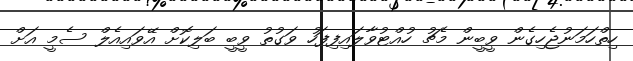
ހިތްހަމަނުޖެހިގެން ވީބީން މެޗު ހުއްޓުވާލައިފިފަހު ވަގުތު ވީބީ ބަލިކޮށް އޭވައިއެލް ސެމީ އަށް